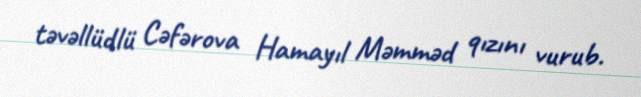
təvəllüdlü Cəfərova Hamayıl Məmməd qızını vurub.